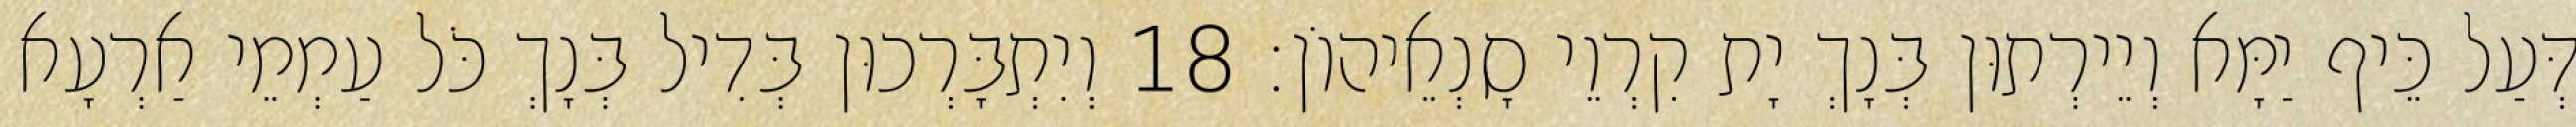
דְּעַל כֵּיף יַמָּא וְיֵירְתוּן בְּנָךְ יָת קִרְוֵי סָנְאֵיהוֹן׃ 18 וְיִתְבָּרְכוּן בְּדִיל בְּנָךְ כֹּל עַמְמֵי אַרְעָא